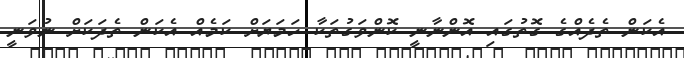
އެކަން ތެދެއްގެ ގޮތުގައި އޮންނާނީ ކޮންވަގުތަކާ ހަމަޔަށް ކަމެއް އެކަން ތެދަކަށް ނުވަނީ